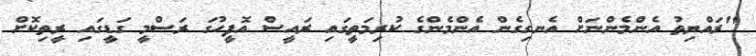
"ރައްޔިތު އެންމެންނަށް އެނގިގެން އެންމެންގެ ކުރިމަތީގައި ރައީސް އޮފީހުގަ ރަސްމީ ގަޑީގައި ރީތިކޮށް